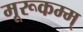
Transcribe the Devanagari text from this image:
मूरूकम्म्